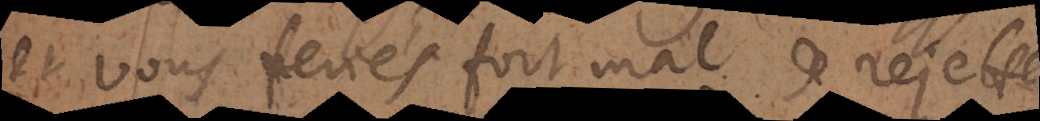
et vous feriés fort mal de rejetter